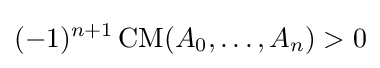
(-1)^{n+1}\operatorname {CM} (A_{0},\ldots ,A_{n})>0